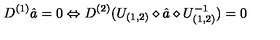
D ^ { ( 1 ) } \hat { a } = 0 \Leftrightarrow D ^ { ( 2 ) } ( U _ { ( 1 , 2 ) } \diamond \hat { a } \diamond U _ { ( 1 , 2 ) } ^ { - 1 } ) = 0